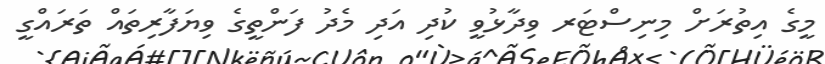
މީގެ އިތުރަށް މިނިސްޓަރ ވިދާޅުވީ ކުދި އަދި މެދު ފަންތީގެ ވިޔަފާރިތައް ތަރައްގީ